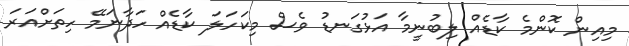
މިއިން ކޮންމެ ކާޑެއް ލިބުނީމާ އަޅުގަނޑު ވެސް މިކަހަލަ ކާޑެއް ހަދާނަމޭ ހިތަށްއަރަ